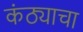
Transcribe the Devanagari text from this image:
कंठ्याचा